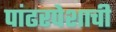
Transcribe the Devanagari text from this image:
पांढरपेशाची